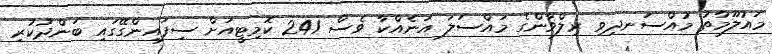
މައުލޫމާތު މުއްސަނދިވި ރިލްވާންގެ މައްސަލަ އަނެއްކާ ވެސް 241 ކޮމިޓީއަށް ސިފައިންގޭގައި ބަންދުކުރި